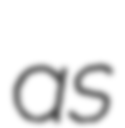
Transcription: as